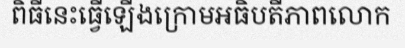
ពិធីនេះធ្វើឡើងក្រោមអធិបតីភាពលោក